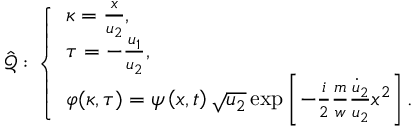
\hat { \mathcal { Q } } : \left\{ \begin{array} { l l } { \kappa = \frac { x } { u _ { 2 } } , } \\ { \tau = - \frac { u _ { 1 } } { u _ { 2 } } , } \\ { \varphi ( \kappa , \tau ) = \psi \left( x , t \right) \sqrt { u _ { 2 } } \exp \left[ { - \frac { i } { 2 } \frac { m } { w } \frac { \dot { u } _ { 2 } } { u _ { 2 } } x ^ { 2 } } \right] . } \end{array} \right.